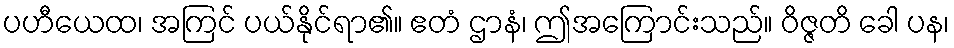
ပဟီယေထ၊ အကြင် ပယ်နိုင်ရာ၏။ ဧတံ ဌာနံ၊ ဤအကြောင်းသည်။ ဝိဇ္ဇတိ ခေါ ပန၊